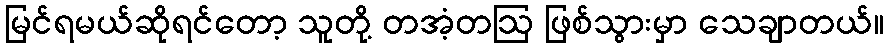
မြင်ရမယ်ဆိုရင်တော့ သူတို့ တအံ့တဩ ဖြစ်သွားမှာ သေချာတယ်။